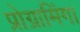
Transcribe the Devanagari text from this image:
प्रोग्रामिंग।